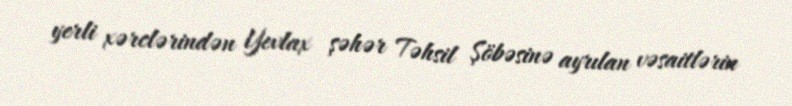
yerli xərclərindən Yevlax şəhər Təhsil Şöbəsinə ayrılan vəsaitlərin